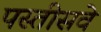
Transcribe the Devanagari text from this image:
पस्तीसवे